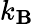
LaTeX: k_{\mathbf{B}}